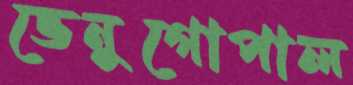
ভেনুগোপাল